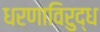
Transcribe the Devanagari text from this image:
धरणाविरुद्ध